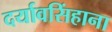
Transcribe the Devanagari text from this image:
दर्यावसिंहाना